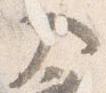
入